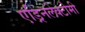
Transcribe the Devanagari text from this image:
एड्रिनलेक्टोमी